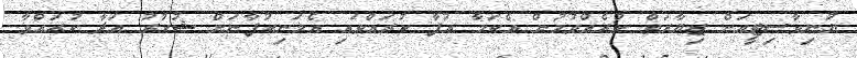
ޔުނިވާސިޓީއަށް ޒިޔާރަތް ކުރެއްވުމުން އެކަމާ އުފާ ކުރައްވައި އެމަނިކުފާނަށް ޝުކުރު އަދާ ކުރައްވާ